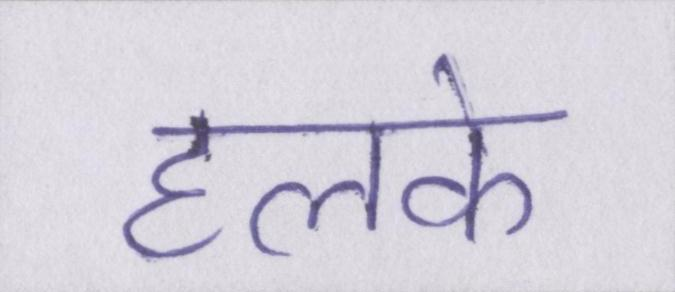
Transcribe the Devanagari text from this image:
हलके